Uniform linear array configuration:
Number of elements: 64
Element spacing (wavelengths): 1
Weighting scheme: hann
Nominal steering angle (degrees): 30
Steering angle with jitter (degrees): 31.596
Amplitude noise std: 0.05
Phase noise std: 0.05

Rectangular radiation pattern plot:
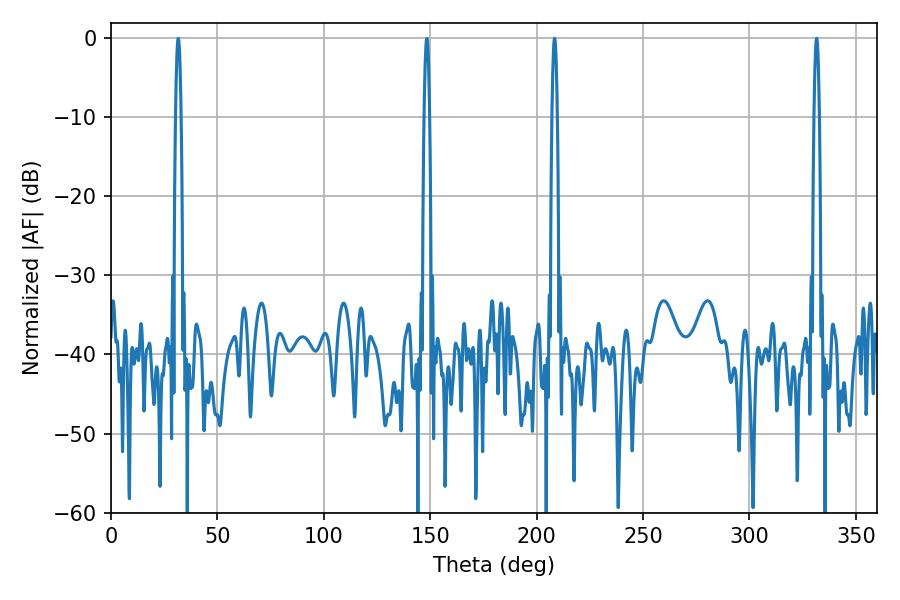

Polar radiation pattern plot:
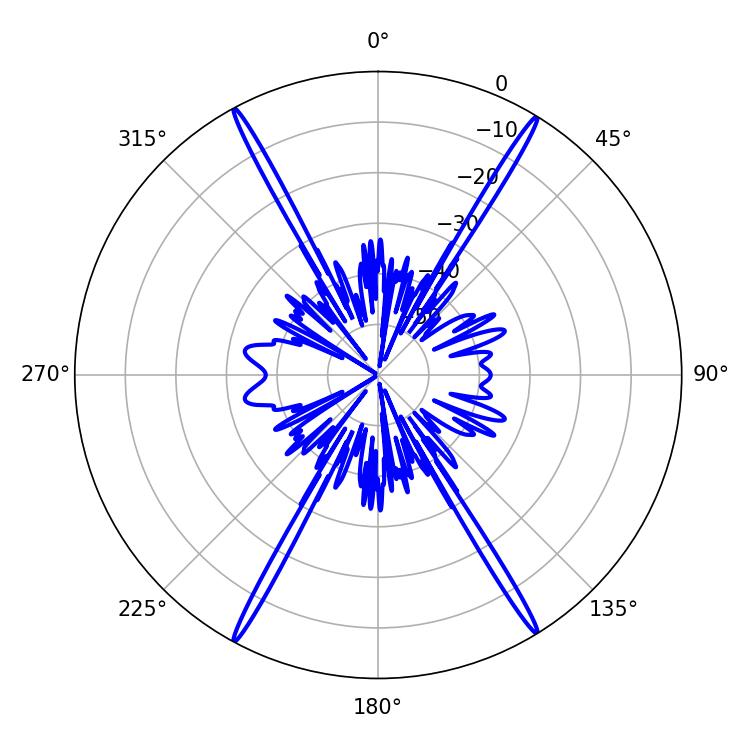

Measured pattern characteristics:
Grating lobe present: TRUE
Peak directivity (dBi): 27.613
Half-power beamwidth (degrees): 1.44
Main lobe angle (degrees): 331.56